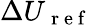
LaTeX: {\Delta U}_{\mathrm{~r~e~f~}}